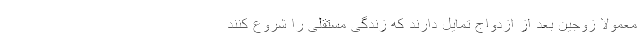
معمولا زوجین بعد از ازدواج تمایل دارند که زندگی مستقلی را شروع کنند